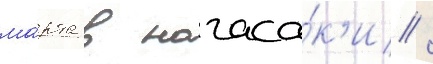
ма́рта в нагаса́к'и /